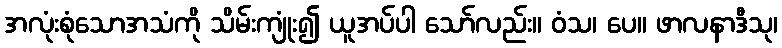
အလုံးစုံသောအသံကို သိမ်းကျုံး၍ ယူအပ်ပါ သော်လည်း။ ဝံသ၊ ပေ။ ဖာလနာဒီသု၊